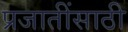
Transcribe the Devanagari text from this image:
प्रजातींसाठी